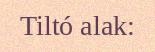
Tiltó alak: